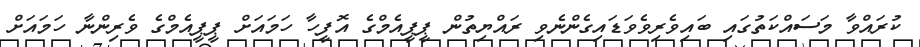
ކުރައްވާ މަސައްކަތުގައި ބައިވެރިވެވަޑައިގެންނެވި ރައްޔިތުން ޕީޕީއެމްގެ އޮފީހާ ހަމައަށް ޕީޕީއެމްގެ ވެރިންނާ ހަމައަށް